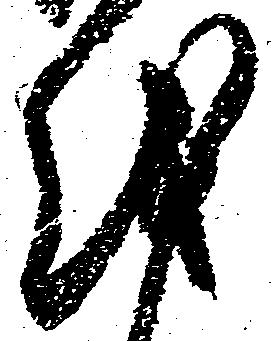
越